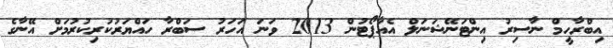
އިބްރާހީމް ނާސިރު އިންޓަނޭޝަނަލް އެއާޕޯޓުން 2013 ވަނަ އަހަރު ސަބްރާ ހައްޔަރުކުރިކުރުމަށް އޭނާގެ